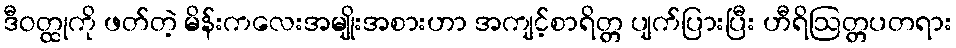
ဒီဝတ္ထုကို ဖတ်တဲ့ မိန်းကလေးအမျိုးအစားဟာ အကျင့်စာရိတ္တ ပျက်ပြားပြီး ဟီရိဩတ္တပတရား